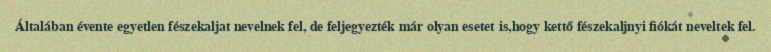
Általában évente egyetlen fészekaljat nevelnek fel, de feljegyezték már olyan esetet is,hogy kettő fészekaljnyi fiókát neveltek fel.